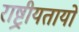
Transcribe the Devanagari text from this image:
राष्ट्रीयतायों